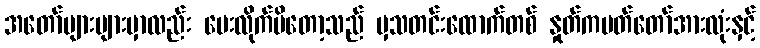
အတော်များများမှာလည်း ပေးလိုက်မိတော့သည် မှသတင်းထောက်တစ် နှုတ်ကပတ်တော်အားလုံးနှင့်